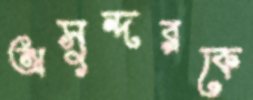
অসুন্দরকে